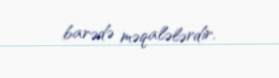
barədə məqalələrdir.